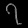
Digit: ၇